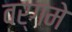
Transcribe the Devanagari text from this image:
वर्गमे